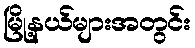
မြို့နယ်များအတွင်း